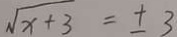
\sqrt { x + 3 } = \pm 3